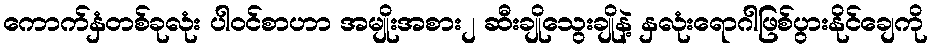
ကောက်နှံတစ်ခုလုံး ပါဝင်စာဟာ အမျိုးအစား၂ ဆီးချိုသွေးချိုနဲ့ နှလုံးရောဂါဖြစ်ပွားနိုင်ချေကို